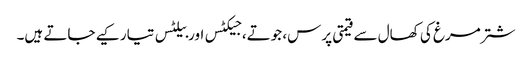
شتر مرغ کی کھال سے قیمتی پرس، جوتے، جیکٹس اور بیلٹس تیار کیے جاتے ہیں۔